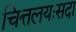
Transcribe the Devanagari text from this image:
चित्तलयःसदा